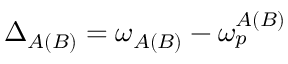
\Delta _ { A ( B ) } = \omega _ { A ( B ) } - \omega _ { p } ^ { A ( B ) }